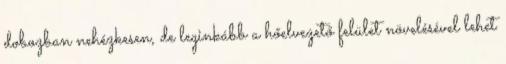
dobozban nehézkesen, de leginkább a hőelvezető felület növelésével lehet